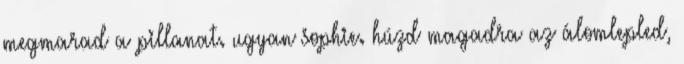
megmarad a pillanat. ugyan sophie. húzd magadra az álomlepled,